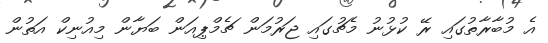
އެ މުބާރާތުގައި ރޭ ކުޅުނު މެޗުގައި ޖަރުމަން ޗެމްޕިއަން ބަޔާން މިއުނިކް އަތުން